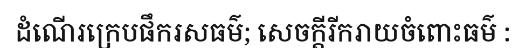
ដំណើរក្រេបផឹករសធម៌; សេចក្តីរីករាយចំពោះធម៌ :